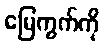
မြေကွက်ကို